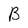
Character: B